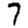
Digit: 7